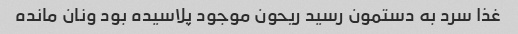
غذا سرد به دستمون رسید ریحون موجود پلاسیده بود ونان مانده